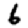
Digit: 6